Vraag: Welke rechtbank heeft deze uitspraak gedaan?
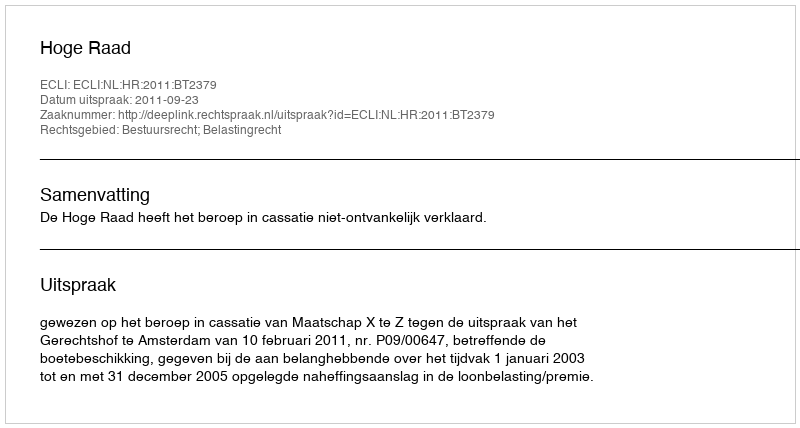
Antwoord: Hoge Raad